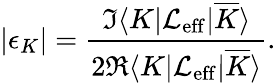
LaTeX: |\epsilon_{K}|={\frac{\Im\langle K|{\cal L}_{\mathrm{eff}}|{\overline{{K}}}\rangle}{2\Re\langle K|{\cal L}_{\mathrm{eff}}|{\overline{{K}}}\rangle}}.